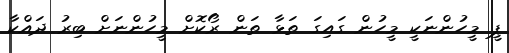
ޕީ މީހުންނަކީ މީހުން ގައިގަ ތަޅާ ތަން ރޯކޮށް މީހުންނަށް ބިރު ދައްކާ